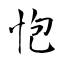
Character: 怉